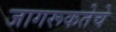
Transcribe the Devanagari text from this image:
जागरूकतेचे